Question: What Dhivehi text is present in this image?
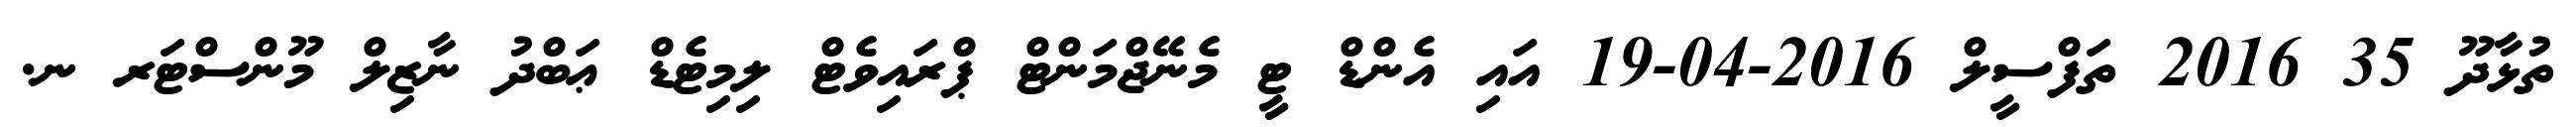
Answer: ތުޅާދޫ 35 2016 ތަފްސީލް 2016-04-19 އައި އެންޑް ޓީ މެނޭޖްމަންޓް ޕްރައިވެޓް ލިމިޓެޑް ޢަބްދު ނާޒިލް މޫންސްޓަރ ނ.